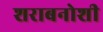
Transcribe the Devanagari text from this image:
शराबनोशी